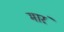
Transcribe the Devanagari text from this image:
मारं